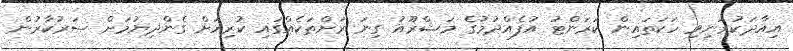
އިއާދަކުރަނިވި ހަކަތައިން ކަރަންޓު އުފެއްދުމުގެ މަޝްރޫއު ގިނަ ރަށްތަކެއްގައި ކުރިއަށް ގެންދިޔުމަށް ސަރުކާރުން